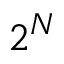
2 ^ { N }